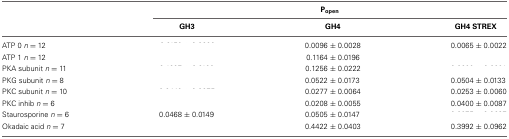
<table><thead><tr><td>[EMPTY_CELL]</td><td colspan="3"><b>P<sub>open</sub></b></td></tr><tr><td>[EMPTY_CELL]</td><td><b>GH3</b></td><td><b>GH4</b></td><td><b>GH4 STREX</b></td></tr></thead><tbody><tr><td>ATP 0 <i>n</i> = 12</td><td>[EMPTY_CELL]</td><td>0.0096 ± 0.0028</td><td>0.0065 ± 0.0022</td></tr><tr><td>ATP 1 <i>n</i> = 12</td><td>[EMPTY_CELL]</td><td>0.1164 ± 0.0196</td><td>[EMPTY_CELL]</td></tr><tr><td>PKA subunit <i>n</i> = 11</td><td>[EMPTY_CELL]</td><td>0.1256 ± 0.0222</td><td>[EMPTY_CELL]</td></tr><tr><td>PKG subunit <i>n</i> = 8</td><td>[EMPTY_CELL]</td><td>0.0522 ± 0.0173</td><td>0.0504 ± 0.0133</td></tr><tr><td>PKC subunit <i>n</i> = 10</td><td>[EMPTY_CELL]</td><td>0.0277 ± 0.0064</td><td>0.0253 ± 0.0060</td></tr><tr><td>PKC inhib <i>n</i> = 6</td><td>[EMPTY_CELL]</td><td>0.0208 ± 0.0055</td><td>0.0400 ± 0.0087</td></tr><tr><td>Staurosporine <i>n</i> = 6</td><td>0.0468 ± 0.0149</td><td>0.0505 ± 0.0147</td><td>[EMPTY_CELL]</td></tr><tr><td>Okadaic acid <i>n</i> = 7</td><td>[EMPTY_CELL]</td><td>0.4422 ± 0.0403</td><td>0.3992 ± 0.0962</td></tr></tbody></table>